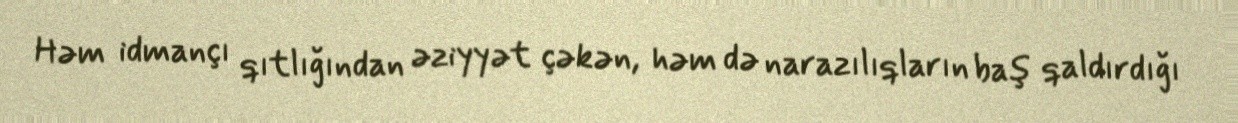
Həm idmançı qıtlığından əziyyət çəkən, həm də narazılıqların baş qaldırdığı